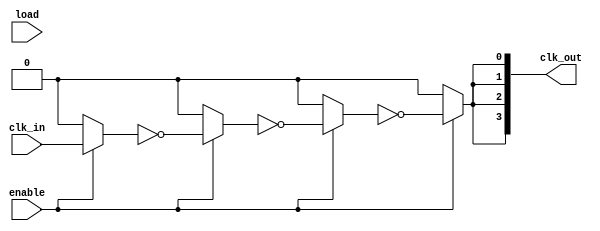
module LowPowerClockBuffer (
    input wire clk_in,        // Clock input
    input wire enable,        // Enable signal
    input wire [N-1:0] load, // Load capacitance settings
    output wire [M-1:0] clk_out // Buffered clock outputs
);
    
    parameter N = 4;         // Number of stages
    parameter M = 4;         // Number of clock outputs

    // Internal signals
    wire clk_stage[N-1:0];

    // Stage 1: Buffering with inverters
    genvar i;
    generate
        for (i = 0; i < N; i = i + 1) begin : buffering_stages
            if (i == 0) begin
                // First stage directly driven by clk_in
                assign clk_stage[i] = enable ? clk_in : 1'b0; // Power gating
            end else begin
                // Subsequent stages use the previous stage output
                assign clk_stage[i] = enable ? ~clk_stage[i-1] : 1'b0; // Inverter stage
            end
        end
    endgenerate

    // Output stage: Distributing buffered clock signals
    generate
        for (i = 0; i < M; i = i + 1) begin : output_stages
            assign clk_out[i] = clk_stage[N-1]; // Connect last stage to outputs
        end
    endgenerate

    // Power gating logic (for simulation purposes)
    always @(enable) begin
        if (!enable) begin
            // Implement power gating logic here if needed
        end
    end

    // Hysteresis and signal integrity (for simulation purposes)
    // You can add specific implementations for hysteresis and RC networks here

endmodule